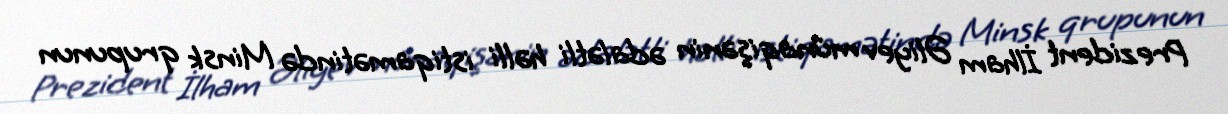
Prezident İlham Əliyev münaqişənin ədalətli həlli istiqamətində Minsk qrupunun